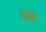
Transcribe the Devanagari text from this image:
काफ़े